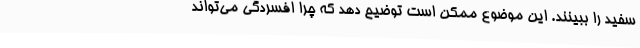
سفید را ببینند. این موضوع ممکن است توضیح دهد که چرا افسردگی می‌تواند